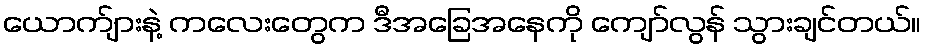
ယောက်ျားနဲ့ ကလေးတွေက ဒီအခြေအနေကို ကျော်လွန် သွားချင်တယ်။